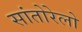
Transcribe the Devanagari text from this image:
सांतोरेलो